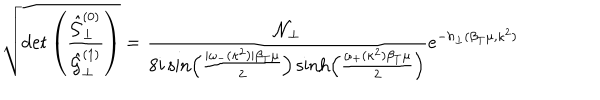
LaTeX: \sqrt { \det \left( \frac { \hat { { \cal G } } _ { \perp } ^ { ( 0 ) } } { \hat { { \cal G } } _ { \perp } ^ { ( 1 ) } } \right) } = \frac { { \cal N } _ { \perp } } { 8 i \sin \left( \frac { | \omega _ { - } ( \kappa ^ { 2 } ) | \beta _ { T } \mu } { 2 } \right) \sinh \left( \frac { \omega _ { + } ( \kappa ^ { 2 } ) \beta _ { T } \mu } { 2 } \right) } e ^ { - h _ { \perp } ( \beta _ { T } \mu , \kappa ^ { 2 } ) }